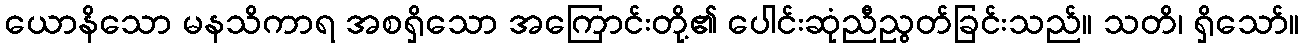
ယောနိသော မနသိကာရ အစရှိသော အကြောင်းတို့၏ ပေါင်းဆုံညီညွတ်ခြင်းသည်။ သတိ၊ ရှိသော်။